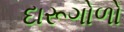
દારૂગોળો